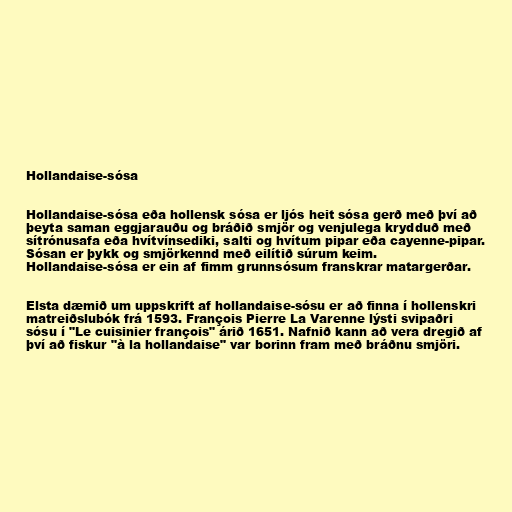
Hollandaise-sósa

Hollandaise-sósa eða hollensk sósa er ljós heit sósa gerð með því að
þeyta saman eggjarauðu og bráðið smjör og venjulega krydduð með
sítrónusafa eða hvítvínsediki, salti og hvítum pipar eða cayenne-pipar.
Sósan er þykk og smjörkennd með eilítið súrum keim.
Hollandaise-sósa er ein af fimm grunnsósum franskrar matargerðar.

Elsta dæmið um uppskrift af hollandaise-sósu er að finna í hollenskri
matreiðslubók frá 1593. François Pierre La Varenne lýsti svipaðri
sósu í "Le cuisinier françois" árið 1651. Nafnið kann að vera dregið af
því að fiskur "à la hollandaise" var borinn fram með bráðnu smjöri.